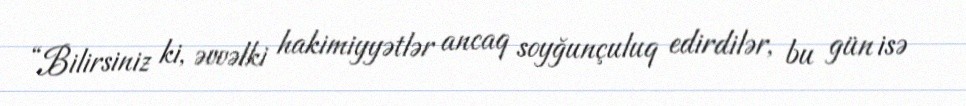
“Bilirsiniz ki, əvvəlki hakimiyyətlər ancaq soyğunçuluq edirdilər, bu gün isə